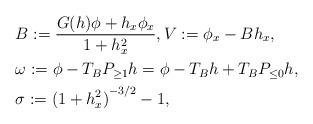
LaTeX: \begin{align*}& B := \frac{G(h)\phi + h_x\phi_x}{1+h_x^2} , V := \phi_x-Bh_x,\\& \omega := \phi-T_BP_{\geq 1}h=\phi-T_Bh+T_BP_{\leq 0}h,\\& \sigma := {(1+h_x^2)}^{-3/2}-1,\end{align*}